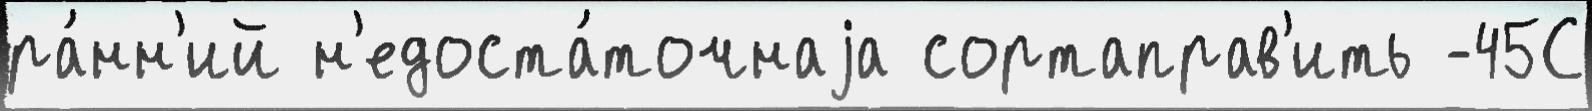
ра́нн'ий н'едоста́точнаjа сортаправ'ить -45С